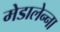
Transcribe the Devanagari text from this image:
मेडालेन्ना